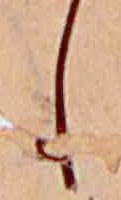
し